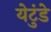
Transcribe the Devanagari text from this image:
येटुंडे